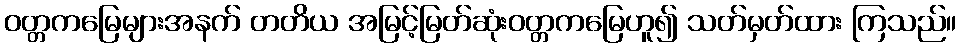
ဝတ္တကမြေများအနက် တတိယ အမြင့်မြတ်ဆုံးဝတ္တကမြေဟူ၍ သတ်မှတ်ထား ကြသည်။